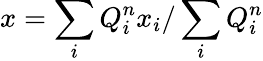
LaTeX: x=\sum_{i}Q_{i}^{n}x_{i}/\sum_{i}Q_{i}^{n}